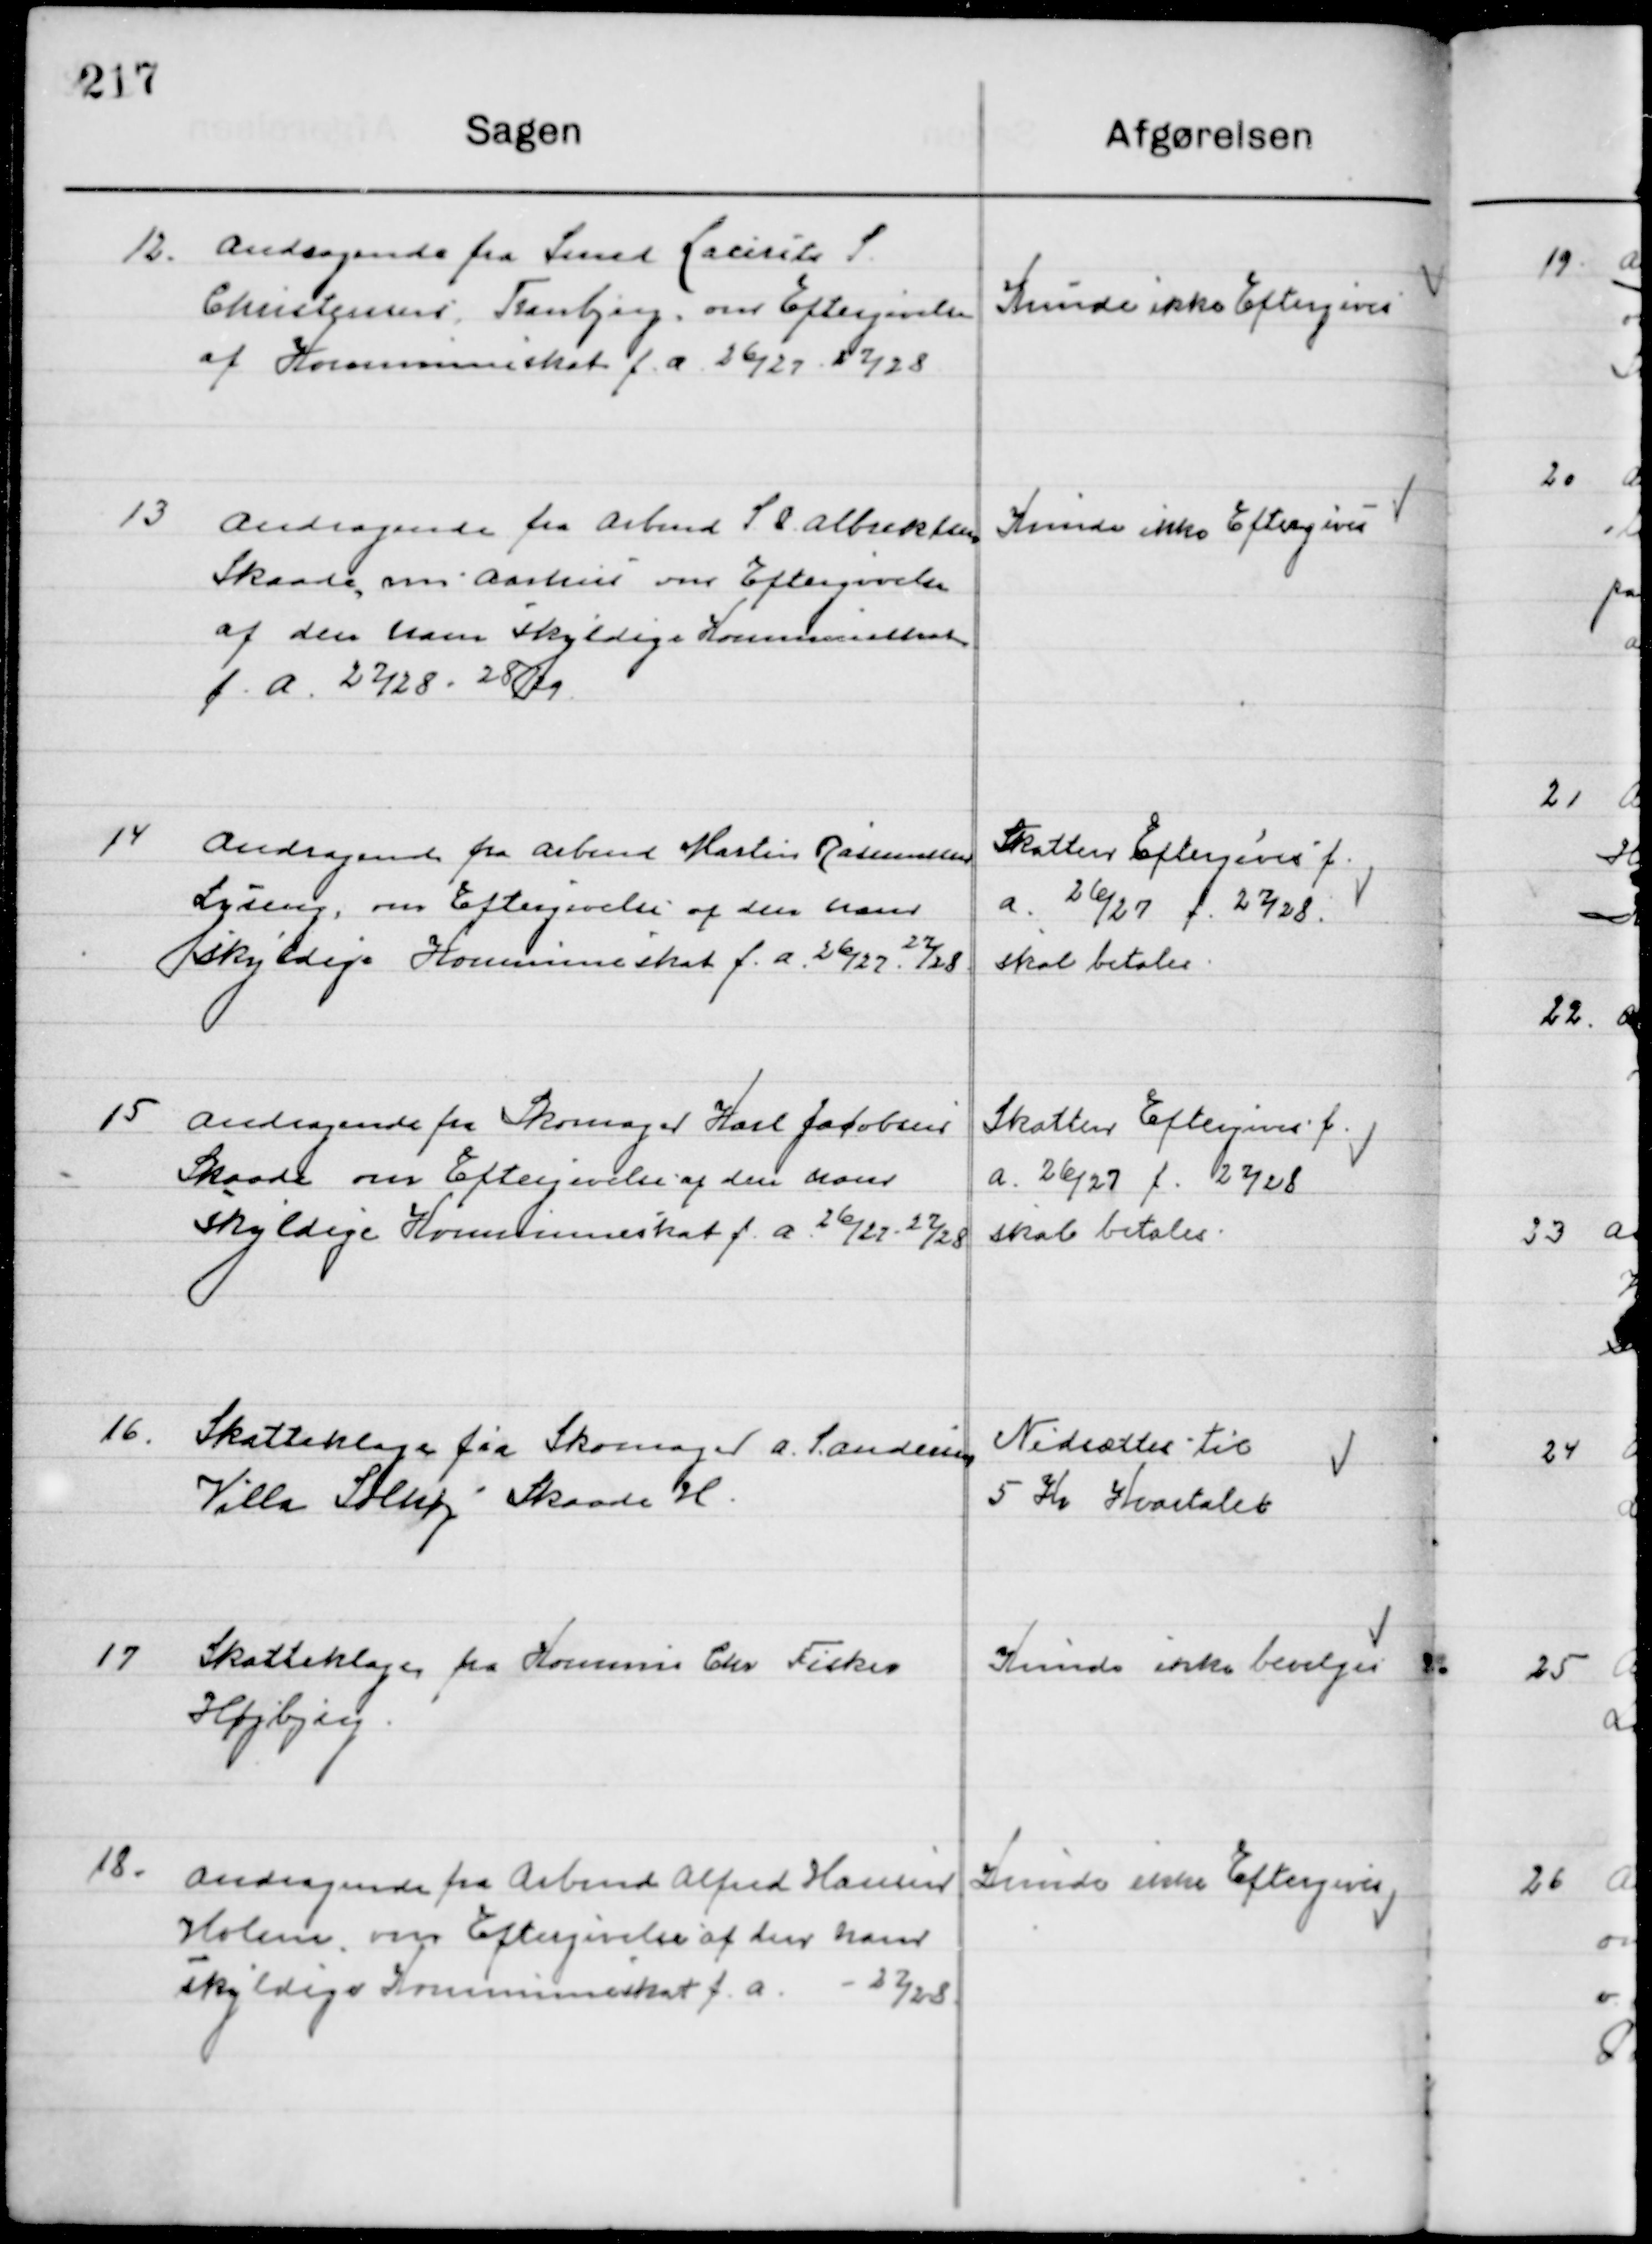
Transskription:
12

Andragende fra Smed Laurits S.
Christensen, Tranbjerg, om Eftergivelse 
af Kommuneskat f. A. 26/27 - 27/28

Kunde ikke Eftergives

13

Andragende fra Arbmd. S. P. Albrektsen
Skaade, om Aarhus om Eftergivelse
af den ham skyldige Kommuneskat
f. a. 27/28 - 28/29

Kunde ikke Eftergives

14

Andragende fra Arbmd. Martin Rasmussen
Lyseng, om Eftergivelse af den ham 
skyldige Kommuneskat f. a. 26/27 - 27/28.

Skatten Eftergives f.
A. 26/27 f. 27/28
Skal betales

15

Andragende fra Skomager Karl Jacobsen
Skaade, om Aarhus om Eftergivelse af den ham 
skyldige Kommuneskat f. A. 26/27 - 27/28.

Skatten Eftergives f.
A. 26/27 f. 27/28
Skal betales

16

Skatteklage fra Skomager A. S. Andersen
Villa Solhøj, Skaade, H.

Nedsættes til
5 Kr. Kvartalet

17

Skatteklage fra Kommis Chr. Fisker
Højbjerg.

Kunde ikke bevilges

18

Andragende fra Arbmd. Alfred Hansen
Holme, om Eftergivelse af den ham 
skyldige Kommuneskat f. A.  27/28.

Kunde ikke Eftergives